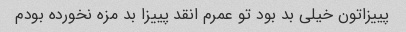
پییزاتون خیلی بد بود تو عمرم انقد پییزا بد مزه نخورده بودم